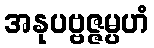
အနုပဗ္ဗဇ္ဇမ္ပဟံ